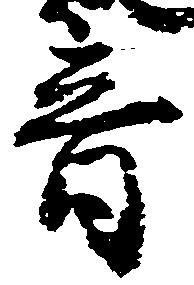
音